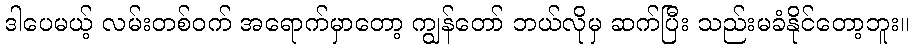
ဒါပေမယ့် လမ်းတစ်ဝက် အရောက်မှာတော့ ကျွန်တော် ဘယ်လိုမှ ဆက်ပြီး သည်းမခံနိုင်တော့ဘူး။